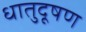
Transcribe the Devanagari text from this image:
धातुदूषण